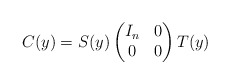
\begin{align*}C(y) = S(y)\left(\begin{matrix}I_n & 0 \\0 & 0 \\\end{matrix}\right)T(y)\end{align*}